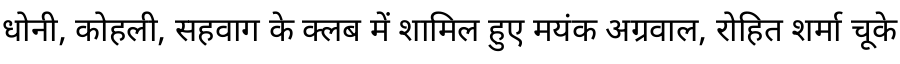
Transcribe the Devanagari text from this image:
धोनी, कोहली, सहवाग के क्लब में शामिल हुए मयंक अग्रवाल, रोहित शर्मा चूके